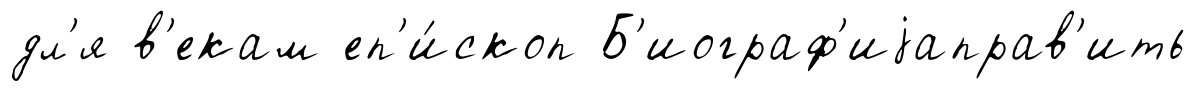
дл'я в'екам еп'и́скоп Б'иограф'иjаправ'ить